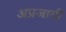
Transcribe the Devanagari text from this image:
अप्रजायी